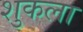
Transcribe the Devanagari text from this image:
शुकला